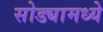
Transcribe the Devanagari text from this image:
सोड्यामध्ये